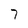
Character: 7